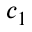
c _ { 1 }